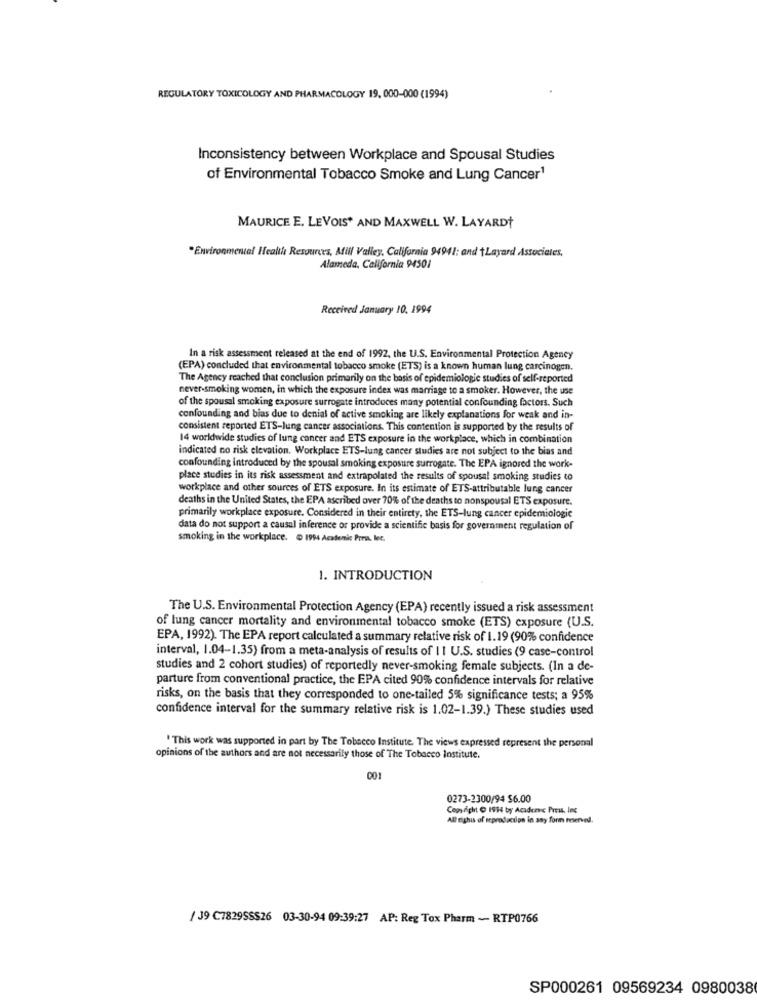
REGULATORY TOXICOLOGY AND PHARMACOLOGY 19, 000-000 (1994)
Inconsistency between Workplace and Spousal Studies
of Environmental Tobacco Smoke and Lung Cancer1
MAURICE E. LEVOIS* AND MAXWELL W. LAYARD
·Environmental Health Resources, Mill Valley, California 94941; and tLayard Associates,
Alameda, California 94501
Received January 10. 1994
In a risk assessment released at the end of 1992, the U.S. Environmental Protection Agency
(EPA) concluded that environmental tobacco smoke (ETS) is a known human lung carcinogen.
The Agency reached that conclusion primarily on the basis of epidemiologie studies of self-reported
never-smoking women, in which the exposure index was marriage to a smoker. However, the use
of the spousal smoking exposure surrogate introduces many potential confounding factors. Such
confounding and bias due to denial of active smoking are likely explanations for weak and in-
consistent reported ETS-lung cancer associations. This contention is supported by the results of
14 worldwide studies of lung cancer and ETS exposure in the workplace, which in combination
indicated no risk elevation. Workplace ETS-lung cancer studies are not subject to the bias and
confounding introduced by the spousal smoking exposure surrogate. The EPA ignored the work-
place studies in its risk assessment and extrapolated the results of spousal smoking studies to
workplace and other sources of ETS exposure. In its estimate of ETS-attributable lung cancer
deaths in the United States, the EPA ascribed over 70% of the deaths to nonspousal ETS exposure.
primarily workplace exposure. Considered in their entirety, the ETS-lung cancer epidemiologie
data do not support a causal inference or provide a scientific basis for government regulation of
smoking in the workplace. . 1994 Academic Press, lec.
1. INTRODUCTION
The U.S. Environmental Protection Agency (EPA) recently issued a risk assessment
of lung cancer mortality and environmental tobacco smoke (ETS) exposure (U.S.
EPA, 1992). The EPA report calculated a summary relative risk of 1.19 (90% confidence
interval, 1.04-1.35) from a meta-analysis of results of II U.S. studies (9 case-control
studies and 2 cohort studies) of reportedly never-smoking female subjects. (In a de-
parture from conventional practice, the EPA cited 90% confidence intervals for relative
risks, on the basis that they corresponded to one-tailed 5% significance tests; a 95%
confidence interval for the summary relative risk is 1.02-1.39.) These studies used
!This work was supported in part by The Tobacco Institute. The views expressed represent the personal
opinions of the authors and are not necessarily those of The Tobacco Institute.
001
0273-2300/94 $6.00
Copyright ( 1914 by Academic Press, Inc
All rights of reproduction in any form reserved.
/ 39 C7829SSS26 03-30-94 09:39:27 AP: Reg Tox Pharm - RTP0766
SP000261 09569234 0980038